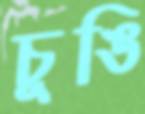
চুঙি